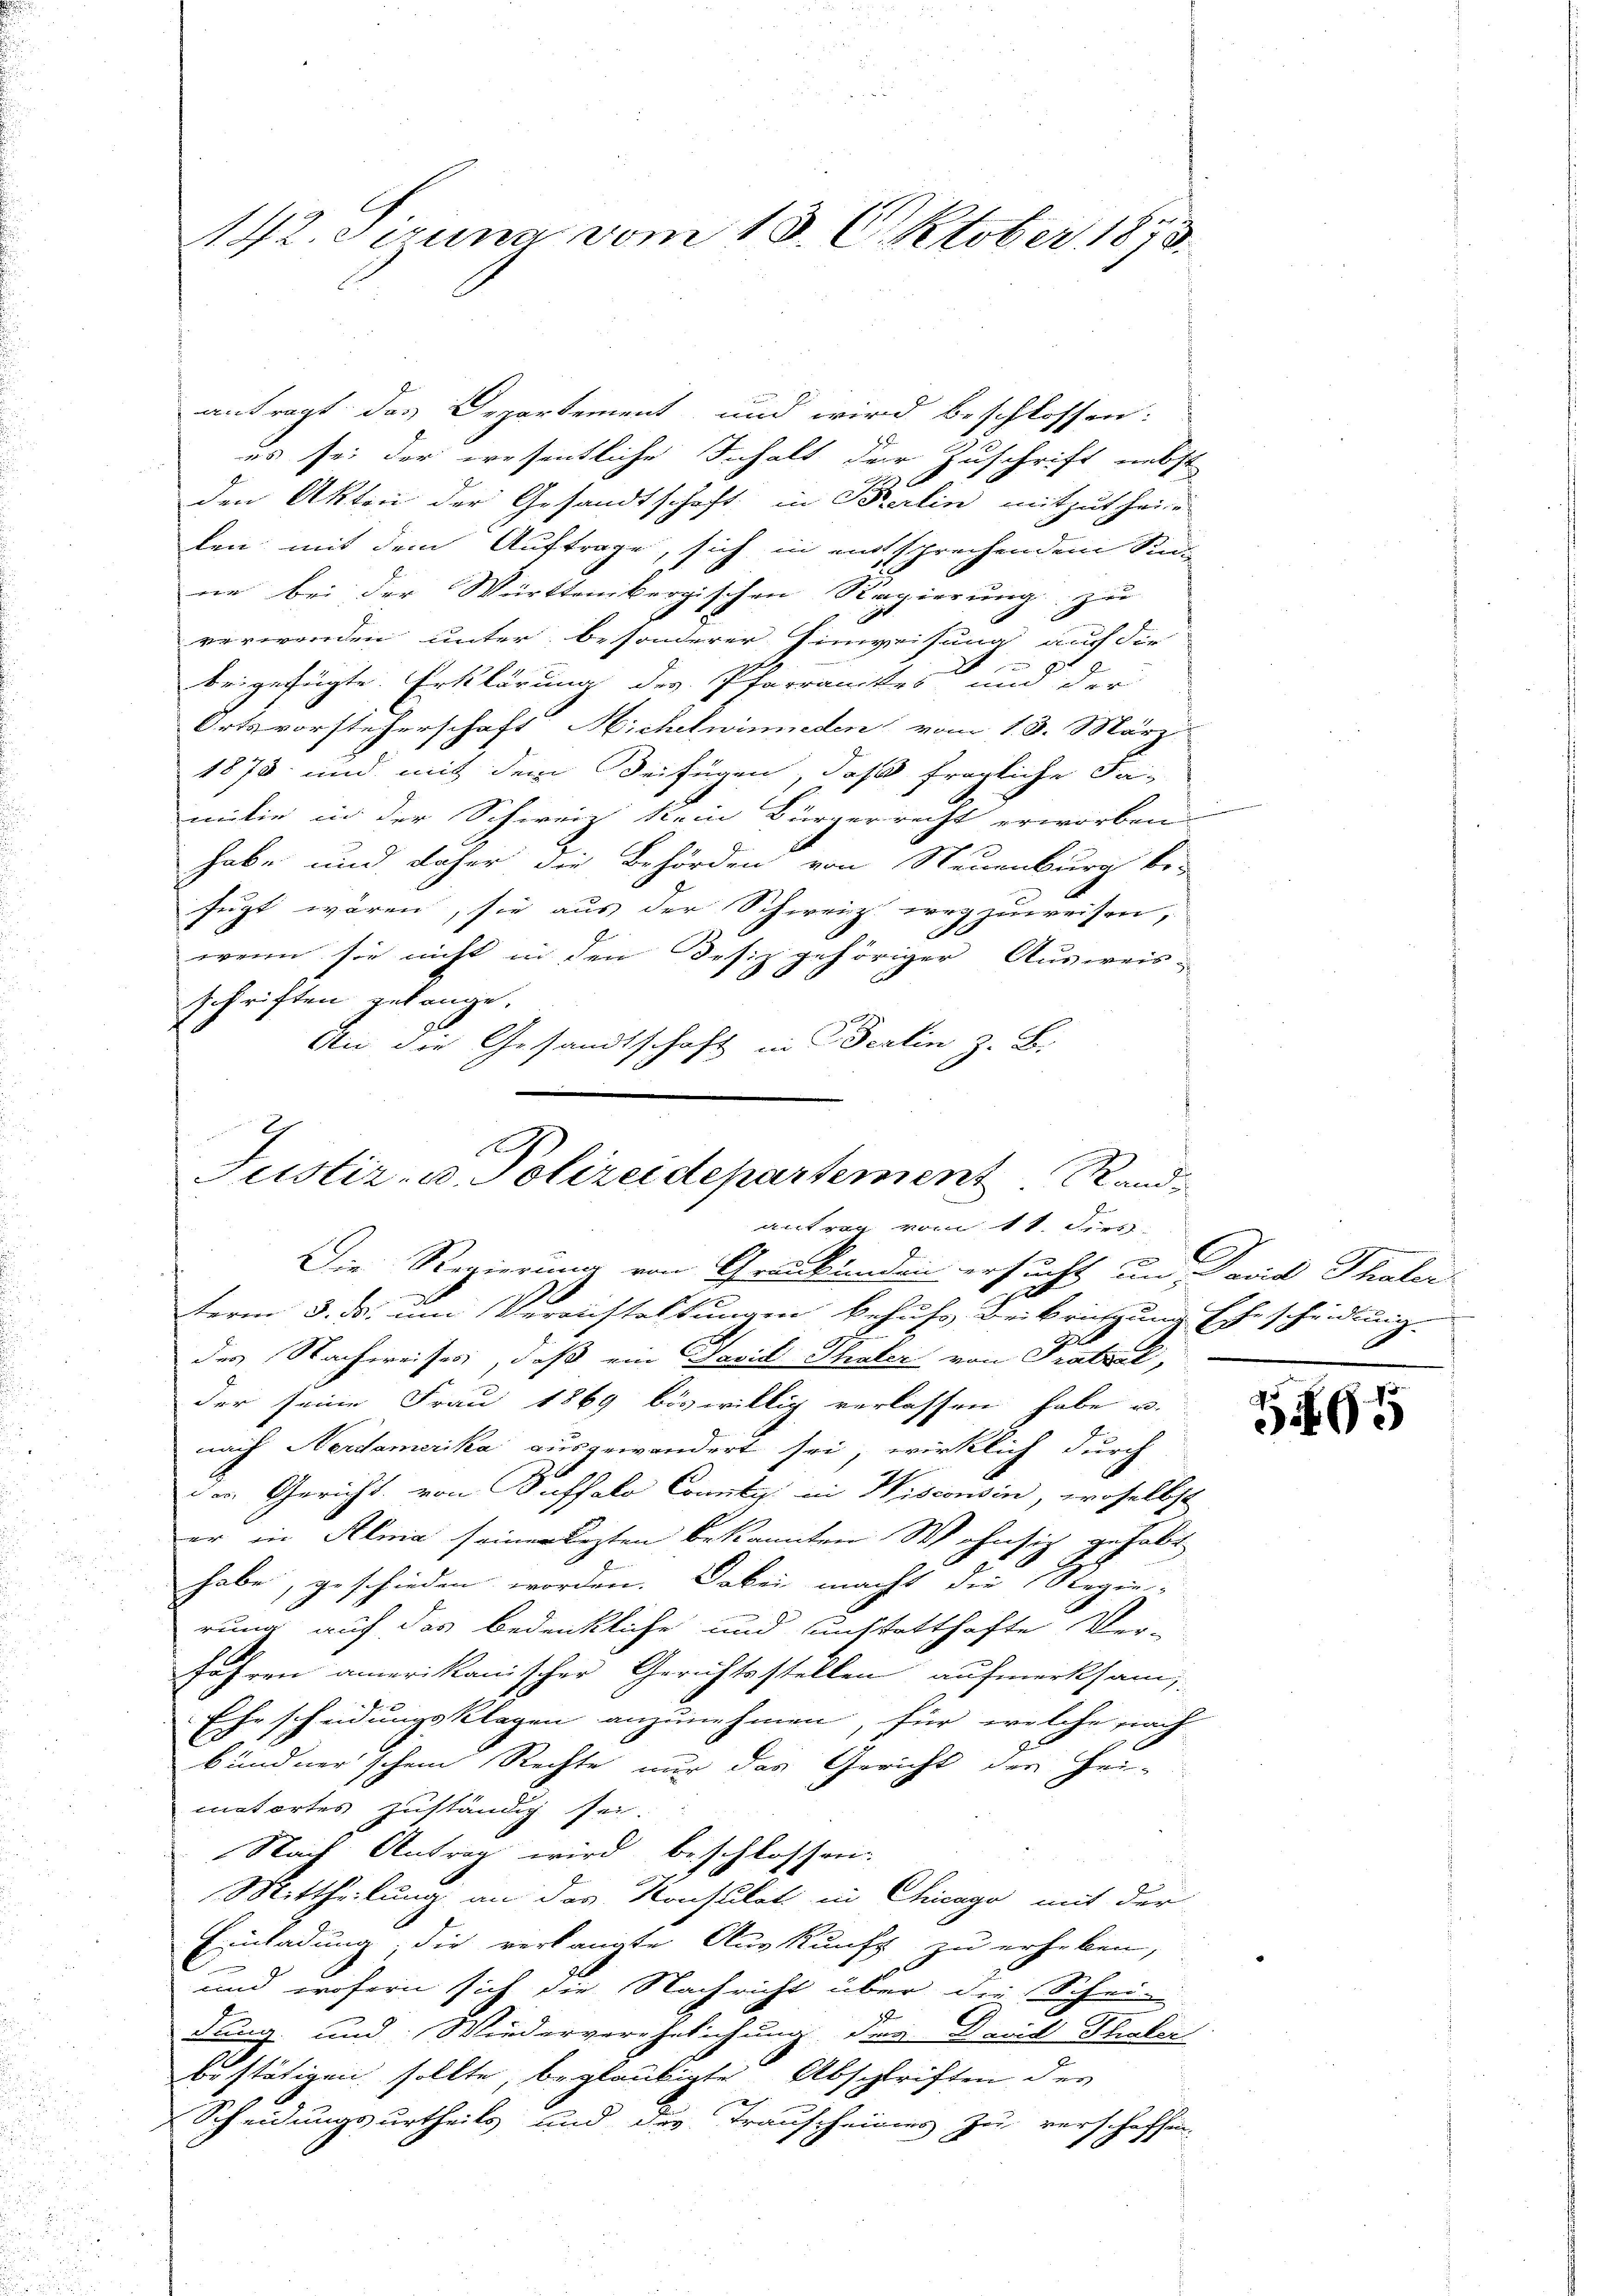
142. Siruna vom 15. Oktober 1873.

antragt das Departement und wird beschlossen.
us sei der wesentliche Inhalt der Zuschrift nebst
den Akten der Gesandtschaft in Berlin mitzuthei
len mit dem Auftrage, sich in entsprechendem Sinn
ne bei der Württembergischen Regierung zur
verwenden unter besonderer Einweisung auf die
beigefügte Erklärung des Pfarramtes und der
Ortsvorsteherschaft Michelninieden vom 13. März
1878 und mit dem Beifügen, daß fragliche Fa-
milie in der Schweiz kein Bürgerrecht erworben.
n
habe und daher die Behörden von Neuenburg be-
fügt wären, sie aus der Schweiz wegzuweisen,
wenn sie nicht in den Desiz gehöriger Ausweis-
schriften gelange.
Aie die Gesandtschaft in Berlin z. B.

term 3. ds. um Veranstaltungen behufs Beibringung Ehescheidung
.
des Nachweises, daß ein Savid Theater von Fratzel,
der seine Frau 1869 böswillig verlassen habe u.
nach Neidamerika ausgewandert sei, wirklich durch
de. Gericht, von Buffalo Conti in Wisconsin, woselbst
er in Alma seiner lezten bekannten Wohnsiz gehabt
habe, geschieden worden. Dabei macht die Regierung auf das bedenkliche und auchtatthafte Ver-
fahren amerikanischer Gerichtsstellen aufmerksam,
Ehrscheidungsklagen anzunehmen, für welche nach
bündnerschen Rechte nur das Gericht der Hei-
matortes zuständig sei.
Nach Antrag wird beschlossen:
Mittheilung an das Konsulati in Chicago mit der
Einladung die verlangte Auskunft zu erheben,
und wofern sich die Nachricht über die Schei-
18
dung und Wiederverehelichung der Damit Thaler
bestätigen sollte, beglaubigte Abschriften der
Scheidungsurtheils und des Trauscheines zu verschaffen.

A
Justiz- u. Polizeidepartement Rand
auten vom 11. Fierz
Die Regierung von Grünkenden ersucht in David Thaler

595